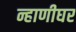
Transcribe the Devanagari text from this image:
न्हाणीघर